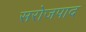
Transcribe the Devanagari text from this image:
सरोजपाद